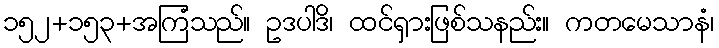
၁၅၂+၁၅၃+အကြံသည်။ ဥဒပါဒိ၊ ထင်ရှားဖြစ်သနည်း။ ကတမေသာနံ၊